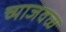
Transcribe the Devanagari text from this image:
च्याजवळ